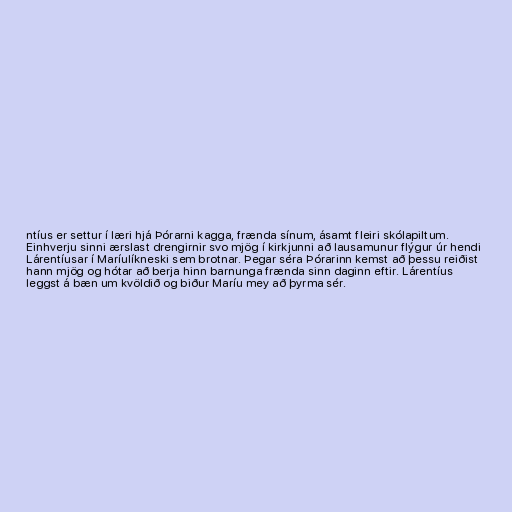
ntíus er settur í læri hjá Þórarni kagga, frænda sínum, ásamt fleiri skólapiltum.
Einhverju sinni ærslast drengirnir svo mjög í kirkjunni að lausamunur flýgur úr hendi
Lárentíusar í Maríulíkneski sem brotnar. Þegar séra Þórarinn kemst að þessu reiðist
hann mjög og hótar að berja hinn barnunga frænda sinn daginn eftir. Lárentíus
leggst á bæn um kvöldið og biður Maríu mey að þyrma sér.